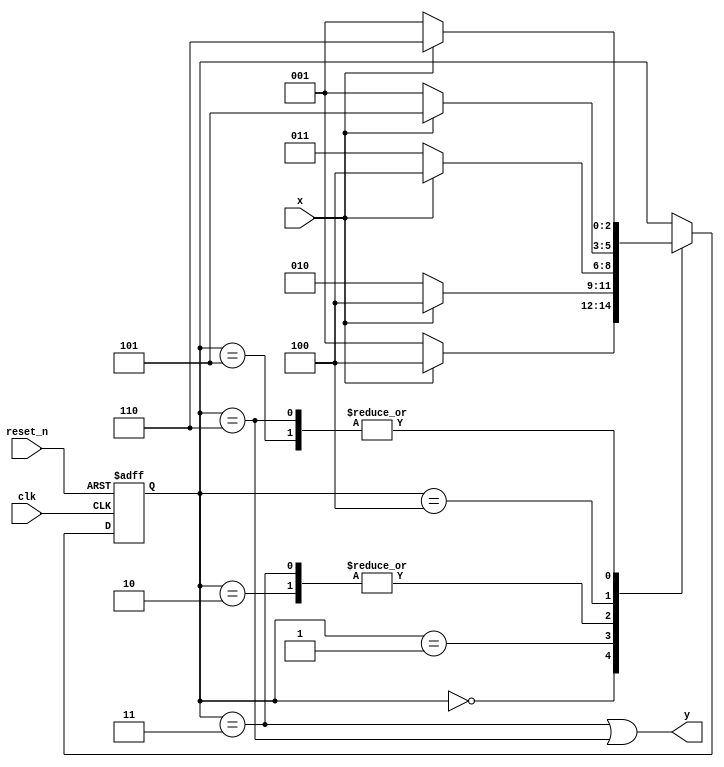
module conseq_sequence(
input clk,
    input reset_n,
    input x,
    output y
    );
    
    reg [2:0] state_reg, state_next;
    localparam s0 = 0;
    localparam s1 = 1;
    localparam s2 = 2;
    localparam s3 = 3;
    localparam s4 = 4;
    localparam s5 = 5;
    localparam s6 = 6;
    
    // State register
    always @(posedge clk, negedge reset_n)
    begin
        if (~reset_n)
            state_reg <= s0;
        else
            state_reg <= state_next;
    end
    
    // Next state logic
    always @(*)
    begin
        case(state_reg)
            //000 detector
            s0: if(x)
                    state_next = s4;
                else
                    state_next = s1;                
            s1: if(x)
                    state_next = s4;
                else
                    state_next = s2;                 
            s2: if(x)
                    state_next = s4;
                else
                    state_next = s3; 
            s3: if(x)
                    state_next = s4;
                else
                    state_next = s3;
                    
            //111 detector
            s4: if(x)
                    state_next = s5;
                else
                    state_next = s1;                
            s5: if(x)
                    state_next = s6;
                else
                    state_next = s1;                 
            s6: if(x)
                    state_next = s6;
                else
                    state_next = s1;
            default: state_next = state_reg;            
        endcase
    end
    
    // Output logic
    assign y = (state_reg == s3)| (state_reg == s6);
    
endmodule